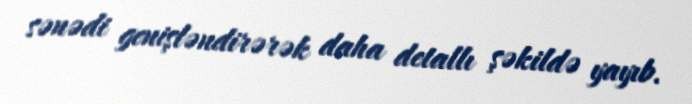
sənədi genişləndirərək daha detallı şəkildə yayıb.